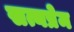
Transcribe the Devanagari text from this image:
सत्यप्रेम